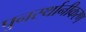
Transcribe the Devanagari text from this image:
पुनर्स्थानीकरण